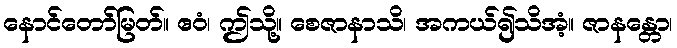
နောင်တော်မြတ်။ ဧဝံ၊ ဤသို့။ စေဇာနာသိ၊ အကယ်၍သိအံ့။ ဇာနန္တော၊